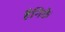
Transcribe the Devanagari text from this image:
हैनिके